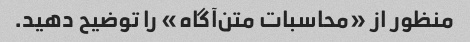
منظور از «محاسبات متن‌آگاه» را توضیح دهید.